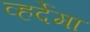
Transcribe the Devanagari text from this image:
व्हर्देमा